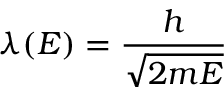
\lambda ( E ) = { \frac { h } { \sqrt { 2 m E } } }